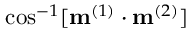
\cos ^ { - 1 } [ \mathbf { m } ^ { ( 1 ) } \cdot \mathbf { m } ^ { ( 2 ) } ]